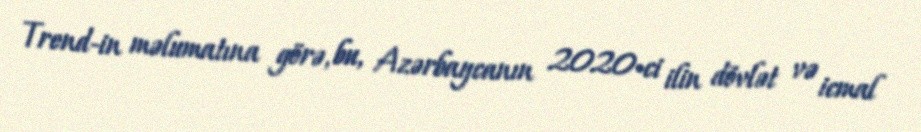
Trend-in məlumatına görə, bu, Azərbaycanın 2020-ci ilin dövlət və icmal